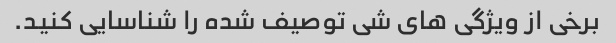
برخی از ویژگی های شی توصیف شده را شناسایی کنید.